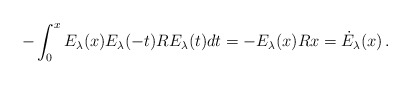
\begin{align*}-\int_0^x E_\lambda(x)E_\lambda(-t) RE_\lambda(t)dt= -E_\lambda(x)Rx=\dot E_\lambda(x) \, . \end{align*}